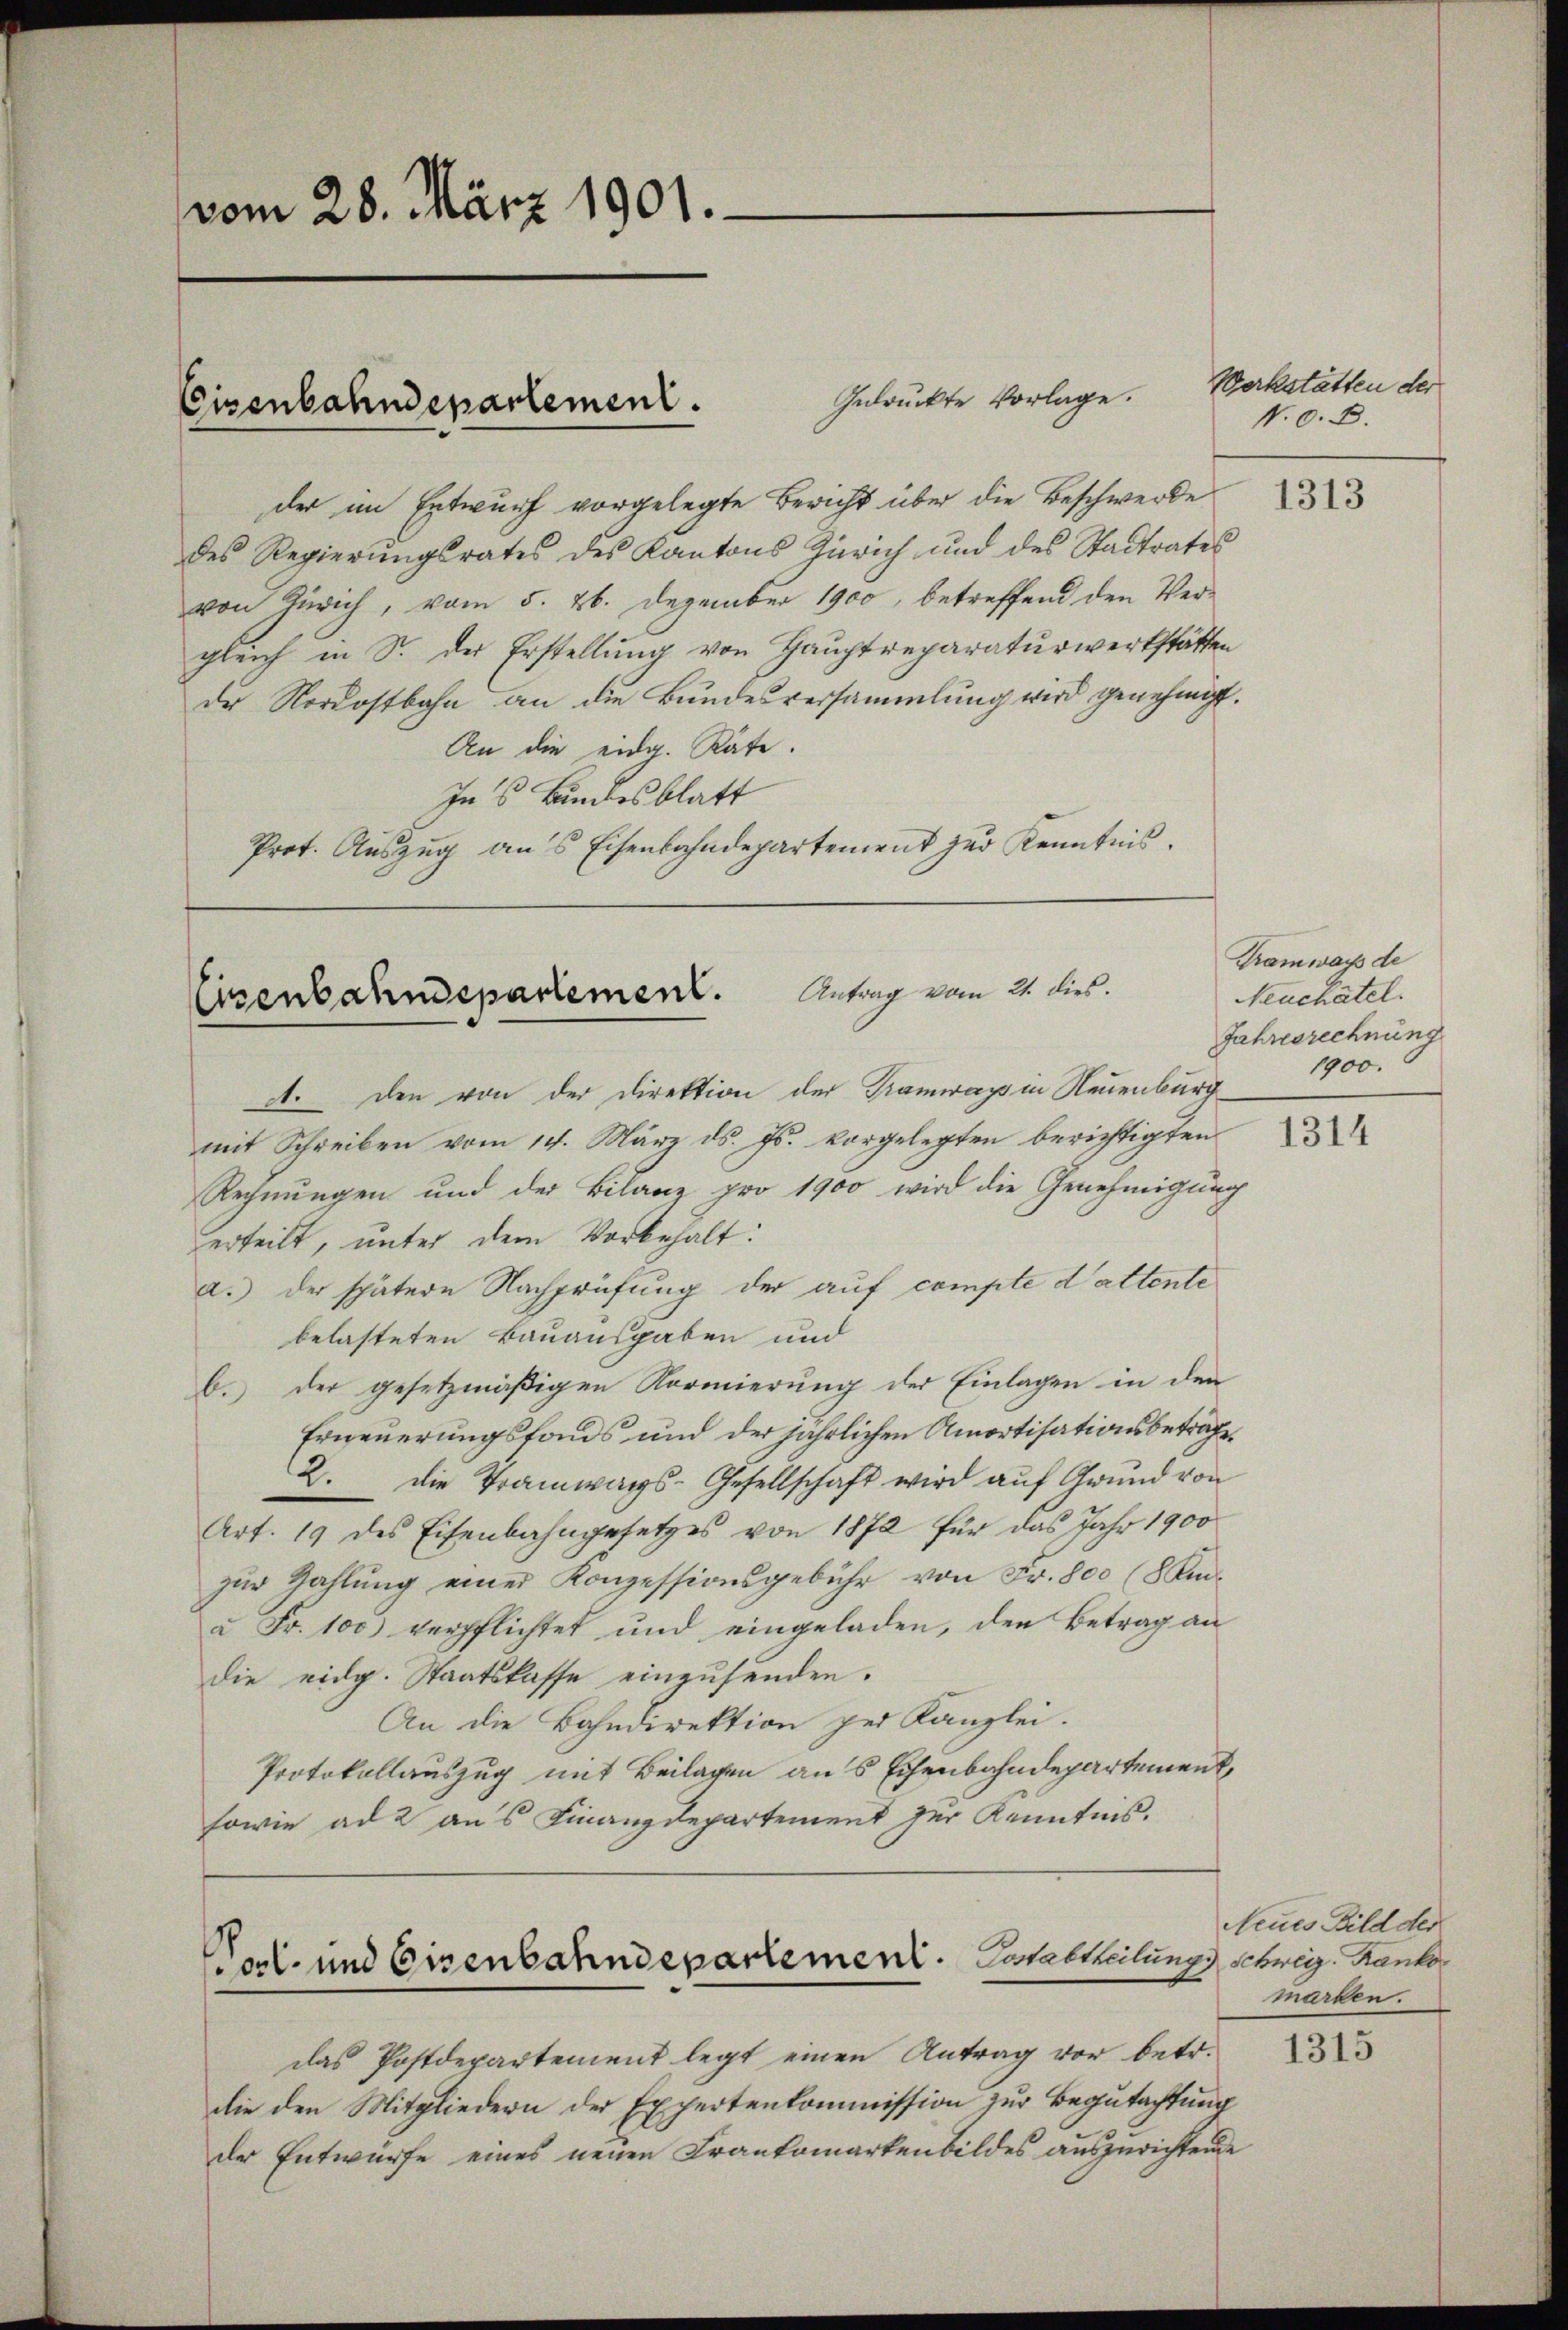
vom 28. März 1901.

Gedrückte Vorlage.
der im Entwurf vorgelegte Bericht über die Beschwerde
des Regierungsrates des Kantons Zürich und des Stadtrates
von Zürich, vom 5. 26. Dezember 1900, betreffend den Vergleich in S. der Erstellung von Hauptreparaturwerkstätten
der Nordostbahn an die Bundesversammlung wird genehmigt.
An die eidg. Räte.
Ins Bundesblatt
Prot. Auszug an’s Eisenbahndepartement zur Kenntnis.

Eisenbahndepartement.

Eisenbahndepartement. Antrag vom 21. dies.

Post- und Eisenbahndepartement. Stattheilungs Schweiz. Kanto

A. Den von der Direktion der Tramways in Neuenburg
mit Schreiben vom 14. März ds. Js. vorgelegten berichtigten
Rechnungen und der Bilanz pro 1900 wird die Genehmigung
erteilt, unter dem Vorbehalt:
a.) der spätere Nachprüfung der auf compte dattente
belasteten Bauausgaben und
b. der gesetzmäßigen Kormierung der Einlagen in den
Erneuerungsfonds und der jährlichen Amortisationsbeträfe,
2. die Tramwargs-Gesellschaft wird aŭf Grŭnd von
Art. 19 des Eisenbahngesetzes von 1872 für das Jahr 1900
zŭr Zahlŭng einer Konzessionsgebühr von Fr. 800 (8 Kinà Fr. 100) verpflichtet und eingeladen, den Betrag an
die eidg. Staatskasse einzusenden.
An die Bahndirektion per Kanzlei.
Protokollauszug mit Beilagen ans Eisenbahndepartement
sowie ad 2 aus Finanzdepartement zur Kenntnis.

das Postdepartement legt einen Antrag vor betr.
die den Mitgliedern der Expertenkommission zur Begutachtung
der Entwürfe eines neuen Frankomarken bildes auszurichtende

Werkstätten der
N. O. B.
1313

Tramways de
Neuchâtel.
Jahresrechnung
1900.

1314

Neues Bild der
marben.

1315